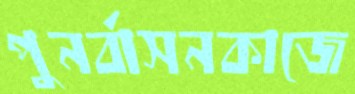
পুনর্বাসনকাজে